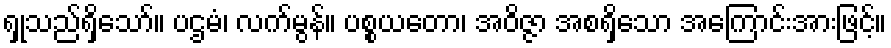
ရှုသည်ရှိသော်။ ပဌမံ၊ လက်မွန်။ ပစ္စယတော၊ အဝိဇ္ဇာ အစရှိသော အကြောင်းအားဖြင့်။